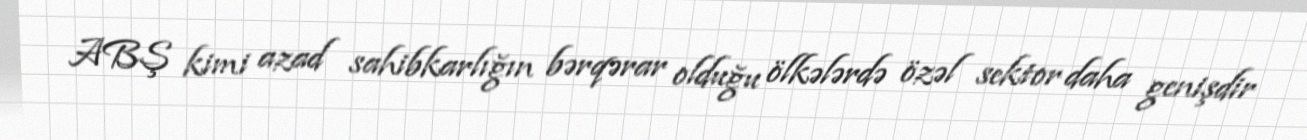
ABŞ kimi azad sahibkarlığın bərqərar olduğu ölkələrdə özəl sektor daha genişdir